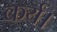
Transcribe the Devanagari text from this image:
कर्य।